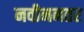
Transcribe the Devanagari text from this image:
नवीननतर